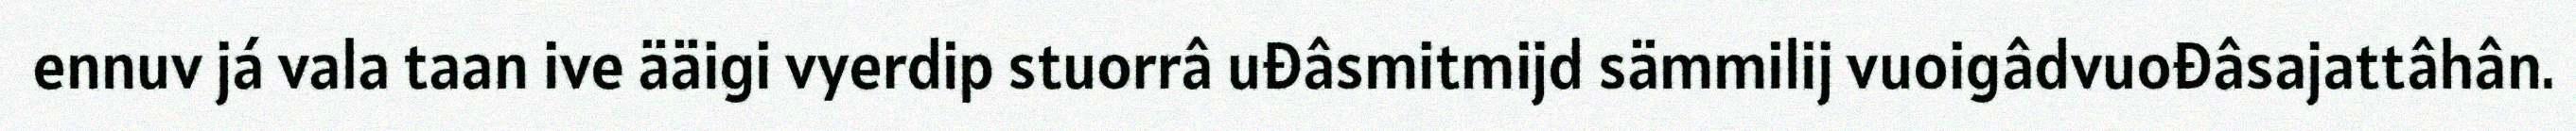
ennuv já vala taan ive ääigi vyerdip stuorrâ uđâsmitmijd sämmilij vuoigâdvuođâsajattâhân.